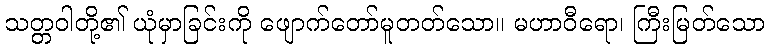
သတ္တဝါတို့၏ ယုံမှာခြင်းကို ဖျောက်တော်မူတတ်သော။ မဟာဝီရော၊ ကြီးမြတ်သော